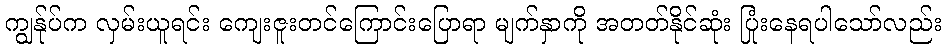
ကျွန်ုပ်က လှမ်းယူရင်း ကျေးဇူးတင်ကြောင်းပြောရာ မျက်နှာကို အတတ်နိုင်ဆုံး ပြုံးနေရပါသော်လည်း